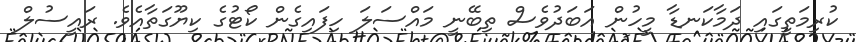
ކުރިމަތީގައި ދަމާކަނޑާ މީހުން އަބަދުވެސް ތިބޭނީ މައްސަލަ ހިފައިގެން ކޯޓުގެ ކިޔޫގަތާއެވެ. ރައީސުލް